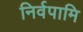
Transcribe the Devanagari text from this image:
निर्वपामि